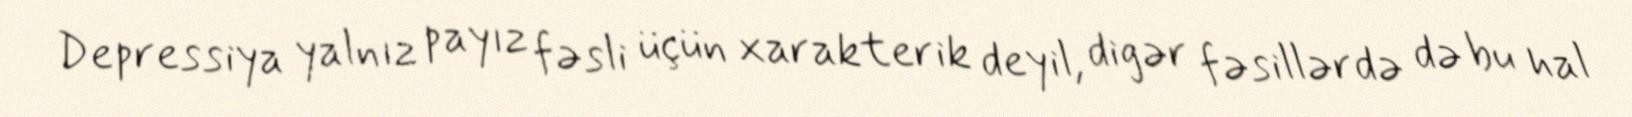
Depressiya yalnız payız fəsli üçün xarakterik deyil, digər fəsillərdə də bu hal